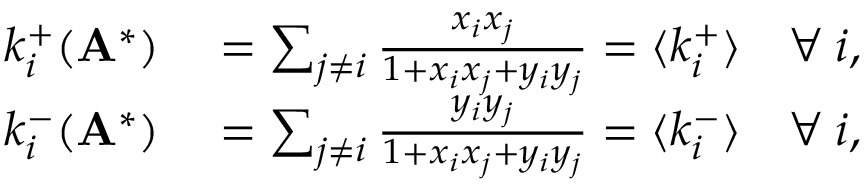
\begin{array} { r l } { k _ { i } ^ { + } ( \mathbf { A } ^ { * } ) } & { { } = \sum _ { j \neq i } \frac { x _ { i } x _ { j } } { 1 + x _ { i } x _ { j } + y _ { i } y _ { j } } = \langle k _ { i } ^ { + } \rangle \quad \forall \: i , } \\ { k _ { i } ^ { - } ( \mathbf { A } ^ { * } ) } & { { } = \sum _ { j \neq i } \frac { y _ { i } y _ { j } } { 1 + x _ { i } x _ { j } + y _ { i } y _ { j } } = \langle k _ { i } ^ { - } \rangle \quad \forall \: i , } \end{array}